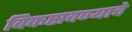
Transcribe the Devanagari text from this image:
विकसवण्याचे